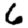
Digit: 6